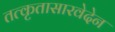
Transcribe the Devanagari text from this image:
तत्कृतासारवेदेन